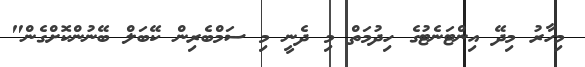
މިހާރު މިދޭ އިންޓަނެޓުގެ ހިދުމަތް މި ދެނީ މި ސަމްބެރިން ކޭބަލް ބޭނުންކޮށްގެން"